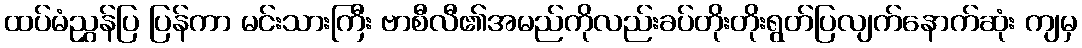
ထပ်မံညွှန်ပြ ပြန်ကာ မင်းသားကြီး ဗာစီလီ၏အမည်ကိုလည်းခပ်တိုးတိုးရွတ်ပြလျက်နောက်ဆုံး ကျမှ